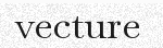
vecture